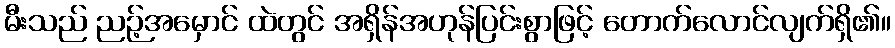
မီးသည် ညဉ့်အမှောင် ထဲတွင် အရှိန်အဟုန်ပြင်းစွာဖြင့် တောက်လောင်လျက်ရှိ၏။